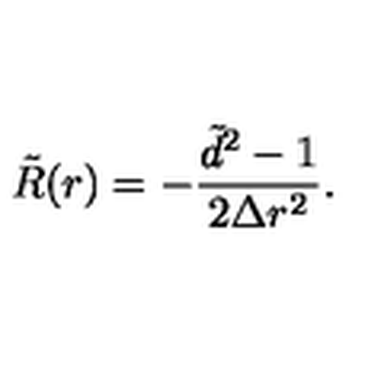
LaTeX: \tilde { R } ( r ) = - \frac { \tilde { d } ^ { 2 } - 1 } { 2 \Delta r ^ { 2 } } .